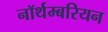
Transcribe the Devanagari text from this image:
नॉर्थम्बरियन